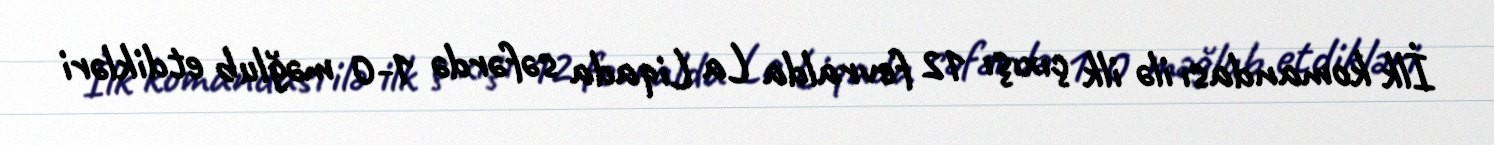
İlk komandası ilə ilk çıxışı 12 fevralda La Liqada səfərdə 1-0 məğlub etdikləri